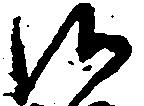
候